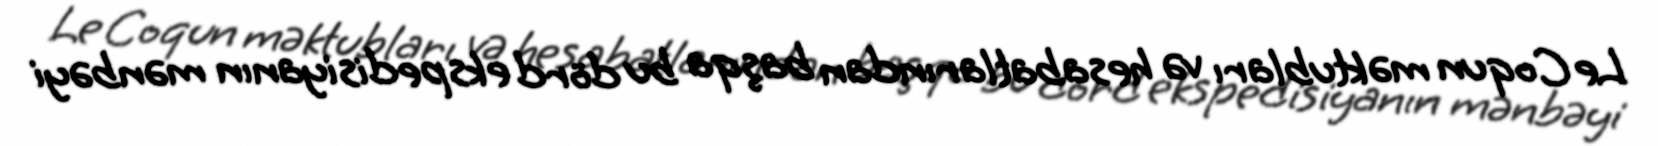
Le Coqun məktubları və hesabatlarından başqa bu dörd ekspedisiyanın mənbəyi